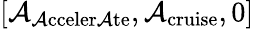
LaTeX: [{\mathcal{A}_{\mathrm{{{\mathcal{A}cceler\mathcal{A}te}}}}},{\mathcal{A}_{\mathrm{{{cruise}}}}},0]